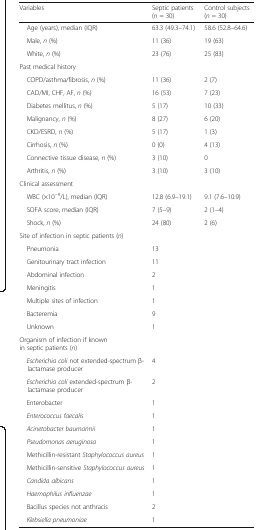
<table><thead><tr><td><b>Variables</b></td><td><b>Septic patients (<i>n</i> = 30)</b></td><td><b>Control subjects (<i>n</i> = 30)</b></td></tr></thead><tbody><tr><td> Age (years), median (IQR)</td><td>63.3 (49.3–74.1)</td><td>58.6 (52.8–64.6)</td></tr><tr><td> Male, <i>n</i> (%)</td><td>11 (36)</td><td>19 (63)</td></tr><tr><td> White, <i>n</i> (%)</td><td>23 (76)</td><td>25 (83)</td></tr><tr><td colspan="3">Past medical history</td></tr><tr><td> COPD/asthma/fibrosis, <i>n</i> (%)</td><td>11 (36)</td><td>2 (7)</td></tr><tr><td> CAD/MI, CHF, AF, <i>n</i> (%)</td><td>16 (53)</td><td>7 (23)</td></tr><tr><td> Diabetes mellitus, <i>n</i> (%)</td><td>5 (17)</td><td>10 (33)</td></tr><tr><td> Malignancy, <i>n</i> (%)</td><td>8 (27)</td><td>6 (20)</td></tr><tr><td> CKD/ESRD, <i>n</i> (%)</td><td>5 (17)</td><td>1 (3)</td></tr><tr><td> Cirrhosis, <i>n</i> (%)</td><td>0 (0)</td><td>4 (13)</td></tr><tr><td> Connective tissue disease, <i>n</i> (%)</td><td>3 (10)</td><td>0</td></tr><tr><td> Arthritis, <i>n</i> (%)</td><td>3 (10)</td><td>3 (10)</td></tr><tr><td colspan="3">Clinical assessment</td></tr><tr><td> WBC (×10<sup>−9</sup>/L), median (IQR)</td><td>12.8 (6.9–19.1)</td><td>9.1 (7.6–10.9)</td></tr><tr><td> SOFA score, median (IQR)</td><td>7 (5–9)</td><td>2 (1–4)</td></tr><tr><td> Shock, <i>n</i> (%)</td><td>24 (80)</td><td>2 (6)</td></tr><tr><td colspan="3">Site of infection in septic patients (<i>n</i>)</td></tr><tr><td> Pneumonia</td><td>13</td><td></td></tr><tr><td> Genitourinary tract infection</td><td>11</td><td></td></tr><tr><td> Abdominal infection</td><td>2</td><td></td></tr><tr><td> Meningitis</td><td>1</td><td></td></tr><tr><td> Multiple sites of infection</td><td>1</td><td></td></tr><tr><td> Bacteremia</td><td>9</td><td></td></tr><tr><td> Unknown</td><td>1</td><td></td></tr><tr><td colspan="3">Organism of infection if known in septic patients (<i>n</i>)</td></tr><tr><td> <i>Escherichia coli</i> not extended-spectrum β-lactamase producer</td><td>4</td><td></td></tr><tr><td> <i>Escherichia coli</i> extended-spectrum β-lactamase producer</td><td>2</td><td></td></tr><tr><td> Enterobacter</td><td>1</td><td></td></tr><tr><td> <i>Enterococcus faecalis</i></td><td>1</td><td></td></tr><tr><td> <i>Acinetobacter baumannii</i></td><td>1</td><td></td></tr><tr><td> <i>Pseudomonas aeruginosa</i></td><td>1</td><td></td></tr><tr><td> Methicillin-resistant <i>Staphylococcus aureus</i></td><td>1</td><td></td></tr><tr><td> Methicillin-sensitive <i>Staphylococcus aureus</i></td><td>1</td><td></td></tr><tr><td> <i>Candida albicans</i></td><td>1</td><td></td></tr><tr><td> <i>Haemophilus influenzae</i></td><td>1</td><td></td></tr><tr><td> Bacillus species not anthracis</td><td>2</td><td></td></tr><tr><td> <i>Klebsiella pneumoniae</i></td><td>1</td><td></td></tr></tbody></table>